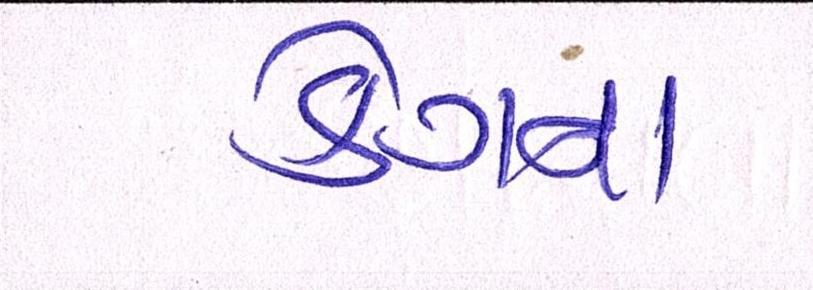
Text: કેગના